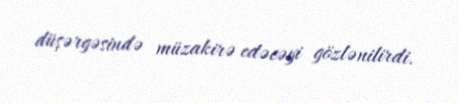
düşərgəsində müzakirə edəcəyi gözlənilirdi.